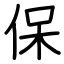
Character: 保